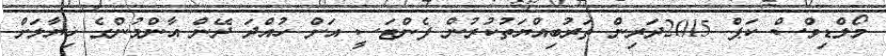
މޯލްޑިވްސް ކަޕް 2015ދަރިން ތަރުބިއްޔަތުކުރުން ފެންޓަސީ އަށް ހުއްދަ ދޭން އާންމުންގެ ޚިޔާލަށް